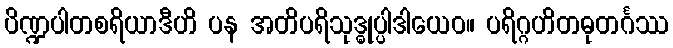
ပိဏ္ဍပါတစရိယာဒီဟိ ပန အတိပရိသုဒ္ဓုပ္ပါဒါယေဝ။ ပရိဂ္ဂဟိတဓုတင်္ဂဿ